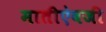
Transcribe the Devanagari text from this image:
मातीऐवजी